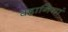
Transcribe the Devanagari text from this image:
क्हानियां